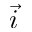
\vec { i }